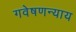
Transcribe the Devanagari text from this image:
गवेषणन्याय